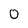
Character: 0